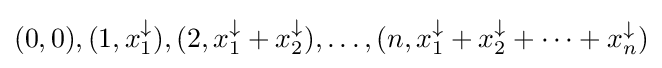
(0,0),(1,x_{1}^{\downarrow }),(2,x_{1}^{\downarrow }+x_{2}^{\downarrow }),\dots ,(n,x_{1}^{\downarrow }+x_{2}^{\downarrow }+\dots +x_{n}^{\downarrow })